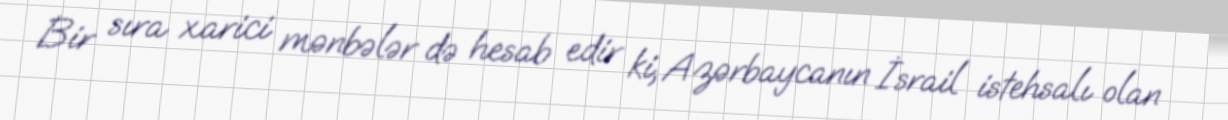
Bir sıra xarici mənbələr də hesab edir ki, Azərbaycanın İsrail istehsalı olan